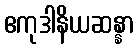
ဧကုဒါနိယဆန္နာ